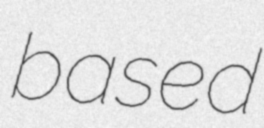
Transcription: based